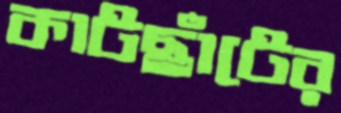
কাটছাঁটের